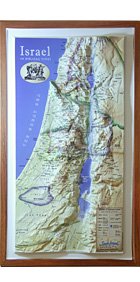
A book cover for Raised Relief 3D Map of 12 Tribes Israel (Biblical Times); Travel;